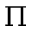
\Pi